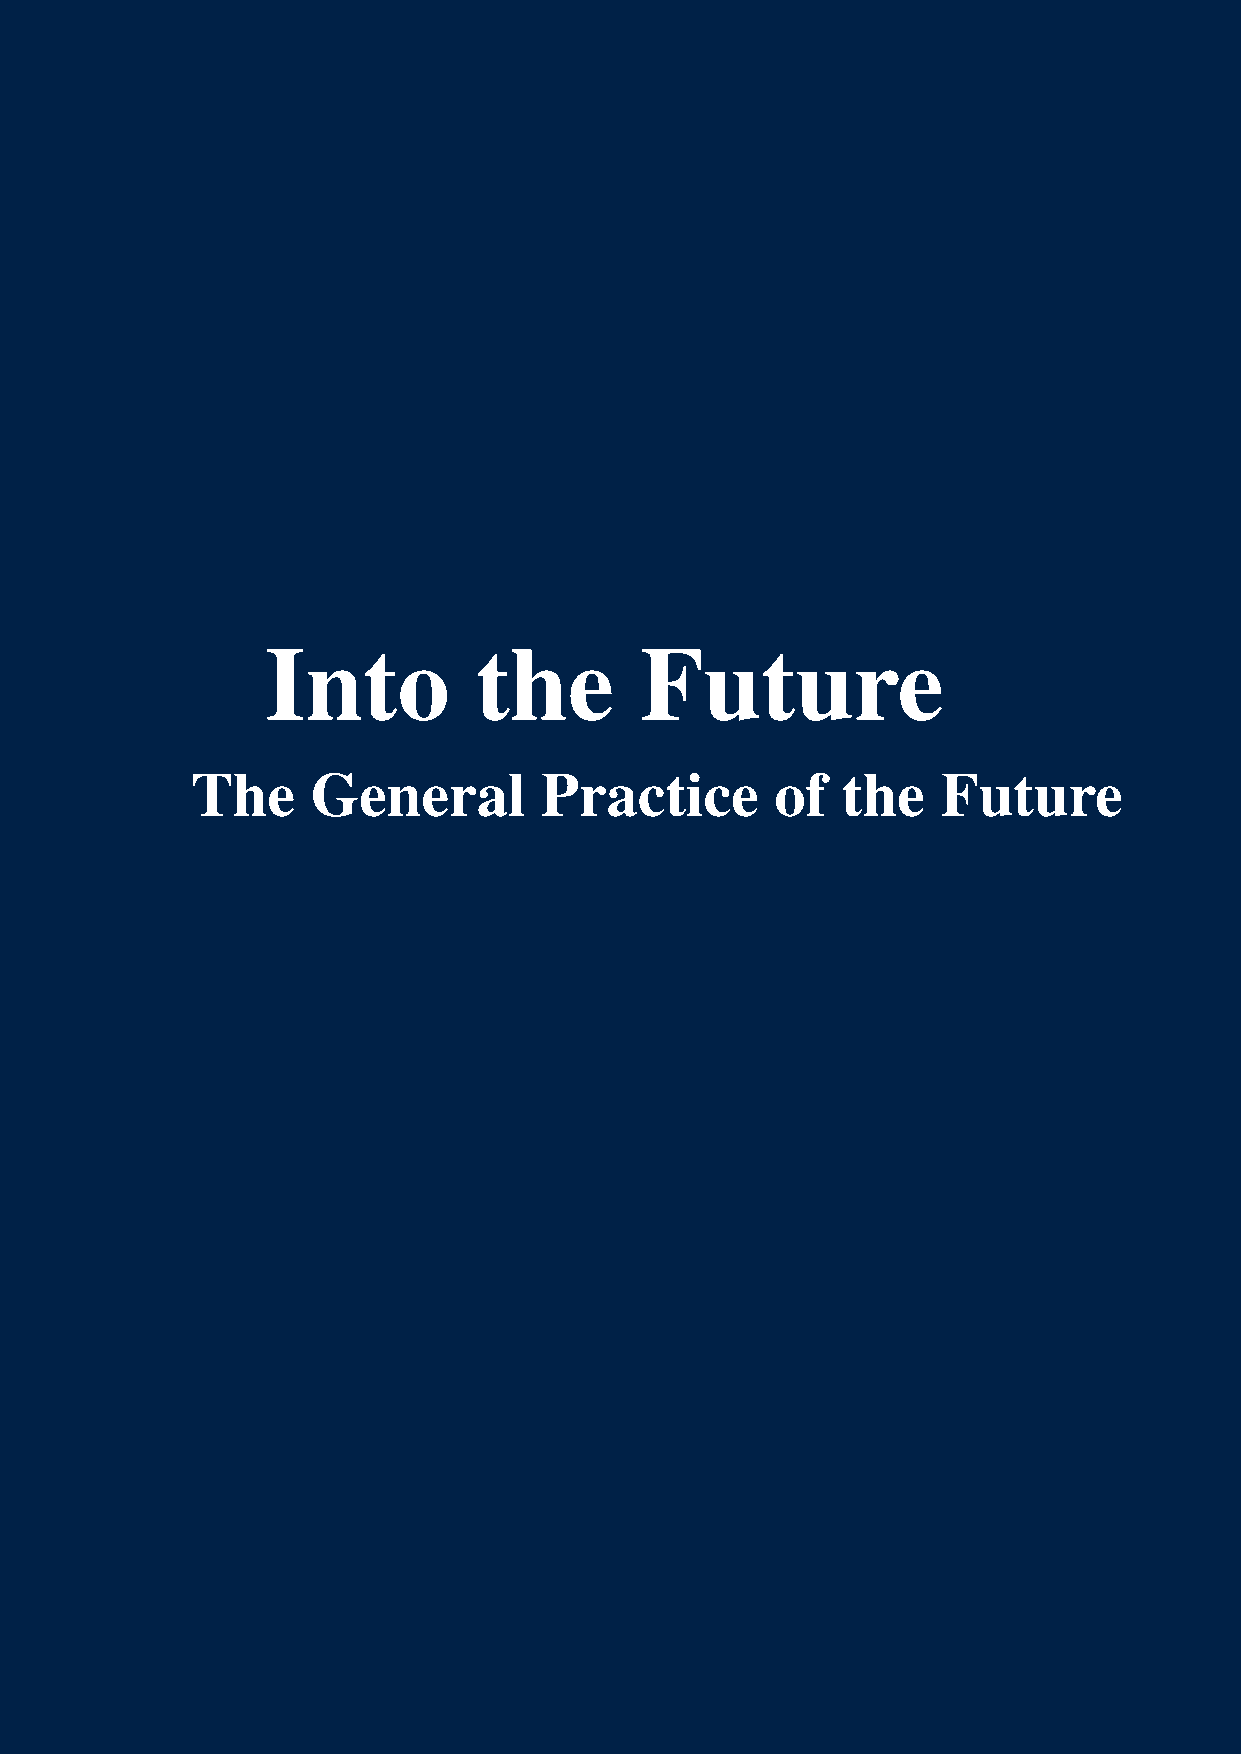
Into         the        Future
 The     General        Practice       of   the   Future